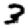
Digit: 3